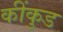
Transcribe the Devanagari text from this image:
कींकुड